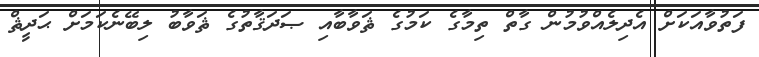
ފަތުވާއަކަށް އެދިލެއްވުމުން ގާތް ތިމާގެ ކަމުގެ ޘަވާބާއި ޞަދަޤާތުގެ ޘަވާބު ލިބޭނެކަމަށް ޙަދީޘް